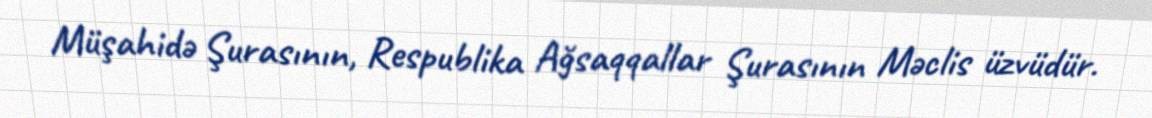
Müşahidə Şurasının, Respublika Ağsaqqallar Şurasının Məclis üzvüdür.